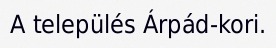
A település Árpád-kori.